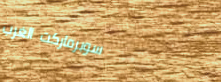
سوبرماركت الغرب